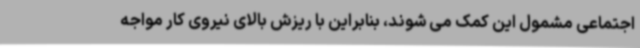
اجتماعی مشمول این کمک می شوند، بنابراین با ریزش بالای نیروی کار مواجه